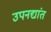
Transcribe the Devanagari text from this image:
उपनद्यांत